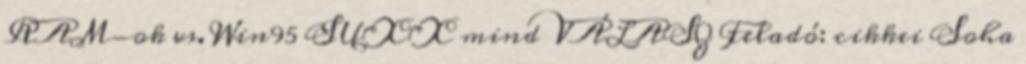
RAM-ok vs. Win95 SUXX mind VÁLASZ Feladó: cikkei Soha